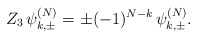
\begin{align*} Z_3\,\psi_{k,\pm}^{(N)}=\pm (-1)^{N-k}\,\psi_{k,\pm}^{(N)}.\end{align*}